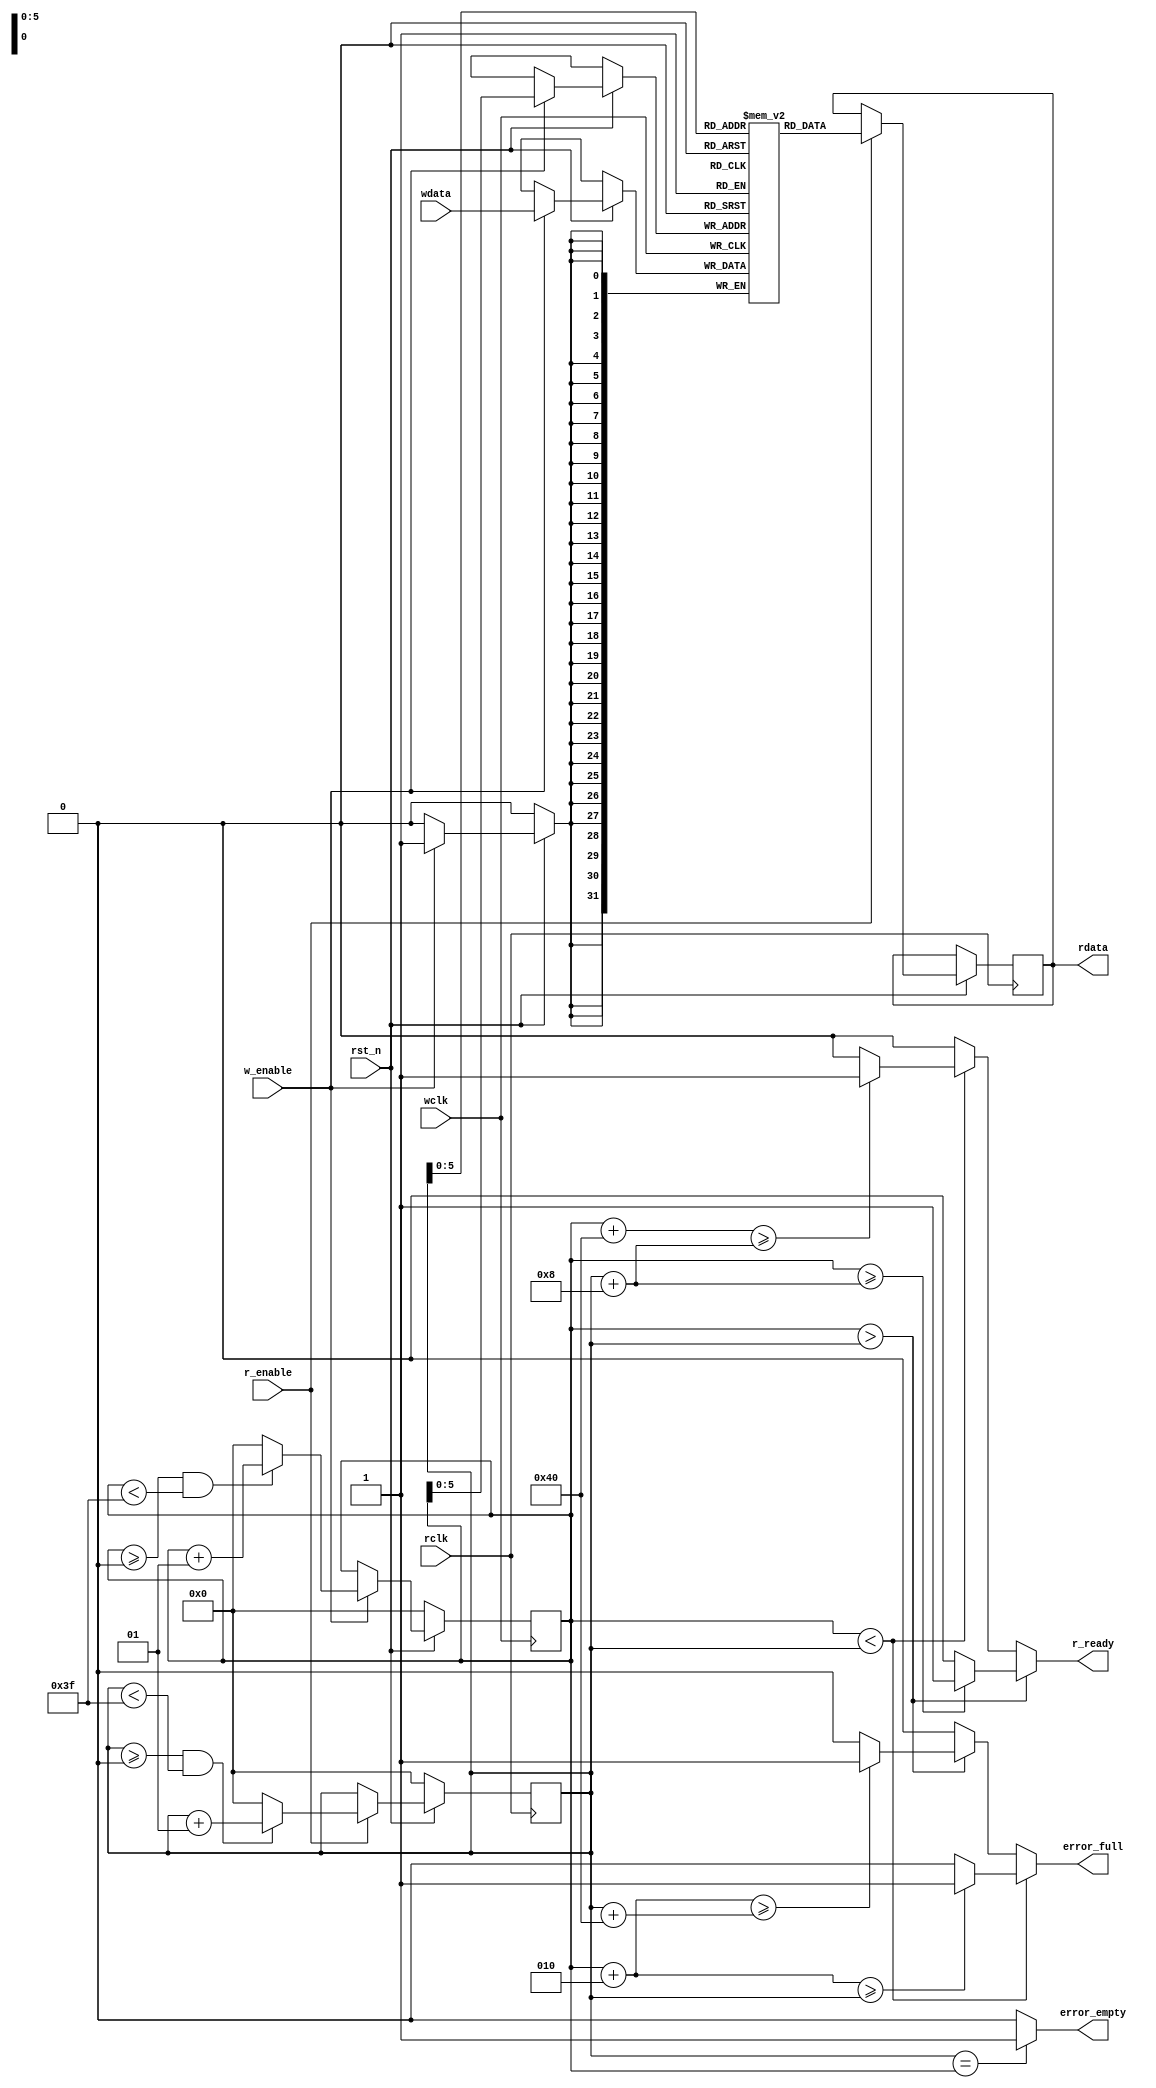
`timescale 1ns / 1ps

module my_fifo #
	(
		parameter integer DATA_WIDTH = 32,
		parameter integer BULK_OF_DATA = 8,
		parameter integer BULK_DEPTH = 8
	)

	(
		input wire rst_n,
		input wire wclk,
		input wire rclk,
		input wire [DATA_WIDTH - 1 : 0] wdata,
		output reg [DATA_WIDTH - 1 : 0] rdata = 0,
		input wire w_enable,
		input wire r_enable,
		output wire r_ready,
		output wire error_full,
		output wire error_empty
	);

	localparam integer BULK_DEPTH_VALUE = (BULK_DEPTH < 8) ? 8 : BULK_DEPTH;
	localparam integer BUFFER_SIZE = BULK_OF_DATA * BULK_DEPTH_VALUE;

	integer r_index = 0;
	integer w_index = 0;

	reg [DATA_WIDTH - 1 : 0] buffer[BUFFER_SIZE - 1 : 0];

	assign r_ready = (w_index > r_index) ?
		((w_index >= r_index + BULK_OF_DATA) ? 1 : 0)
		: ((w_index < r_index) ?
			((w_index + BUFFER_SIZE >= r_index + BULK_OF_DATA) ?
				1
				: 0)
			: 0);

	assign error_full = (w_index < r_index) ?
		((w_index + 2 >= r_index) ? 1 : 0)
		: ((w_index > r_index) ?
			((w_index + 2 >= r_index + BUFFER_SIZE) ?
				1
				: 0)
			: 0);

	assign error_empty = (r_index == w_index) ? 1 : 0;

	always @(posedge wclk) begin
		if(rst_n == 0) begin
			w_index <= 0;
		end
		else begin
			if(w_enable == 1) begin
				buffer[w_index] <= wdata;

				if((w_index >= 0) && ((w_index < BUFFER_SIZE - 1))) begin
					w_index <= w_index + 1;
				end
				else begin
					w_index <= 0;
				end
			end
			else begin
			end
		end
	end

	always @(posedge rclk) begin
		if(rst_n == 0) begin
			r_index <= 0;
		end
		else begin
			if(r_enable == 1) begin
				rdata <= buffer[r_index];

				if((r_index >= 0) && ((r_index < BUFFER_SIZE - 1))) begin
					r_index <= r_index + 1;
				end
				else begin
					r_index <= 0;
				end
			end
			else begin
			end
		end
	end

endmodule